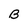
Character: B